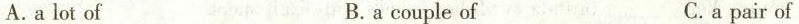
A.a lot of B. a couple of C.a pair of